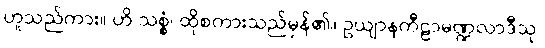
ဟူသည်ကား။ ဟိ သစ္စံ၊ ထိုစကားသည်မှန်၏။ ဥယျာနကီဠာမဏ္ဍလာဒီသု၊